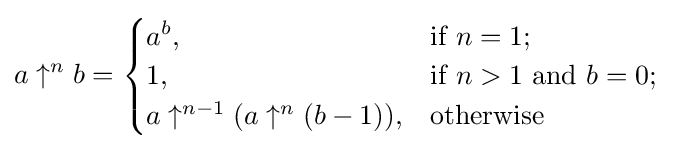
a\uparrow ^{n}b={\begin{cases}a^{b},&{\text{if }}n=1;\\1,&{\text{if }}n>1{\text{ and }}b=0;\\a\uparrow ^{n-1}(a\uparrow ^{n}(b-1)),&{\text{otherwise }}\end{cases}}